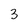
Character: 3